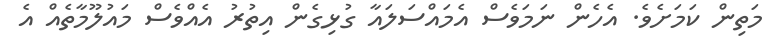
މަތިން ކަމަށެވެ. އެހެން ނަމަވެސް އެމައްސަލައާ ގުޅިގެން އިތުރު އެއްވެސް މައުލޫމާތެއް އެ